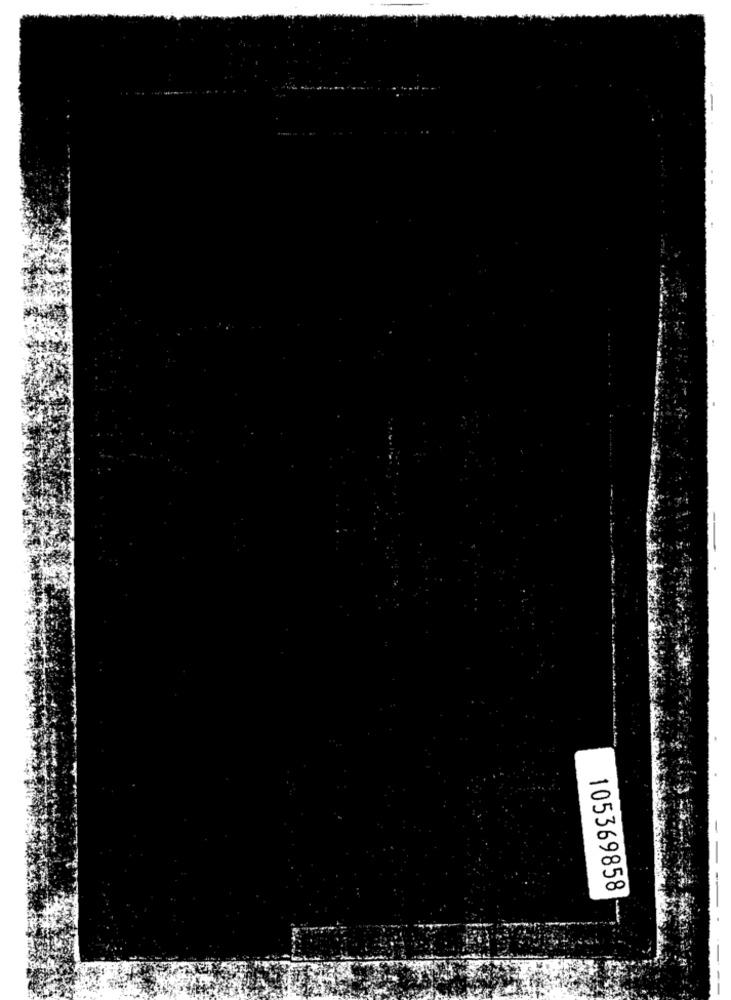
105369858